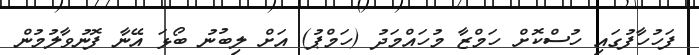
ފަހުހާފުގައި ހުސްކޮށް ހަމްޒާ މުހައްމަދު (ހަމްޕު) އަށް ލިބުނު ބޯޅަ އޭނާ ފޮނުވާލުމުން